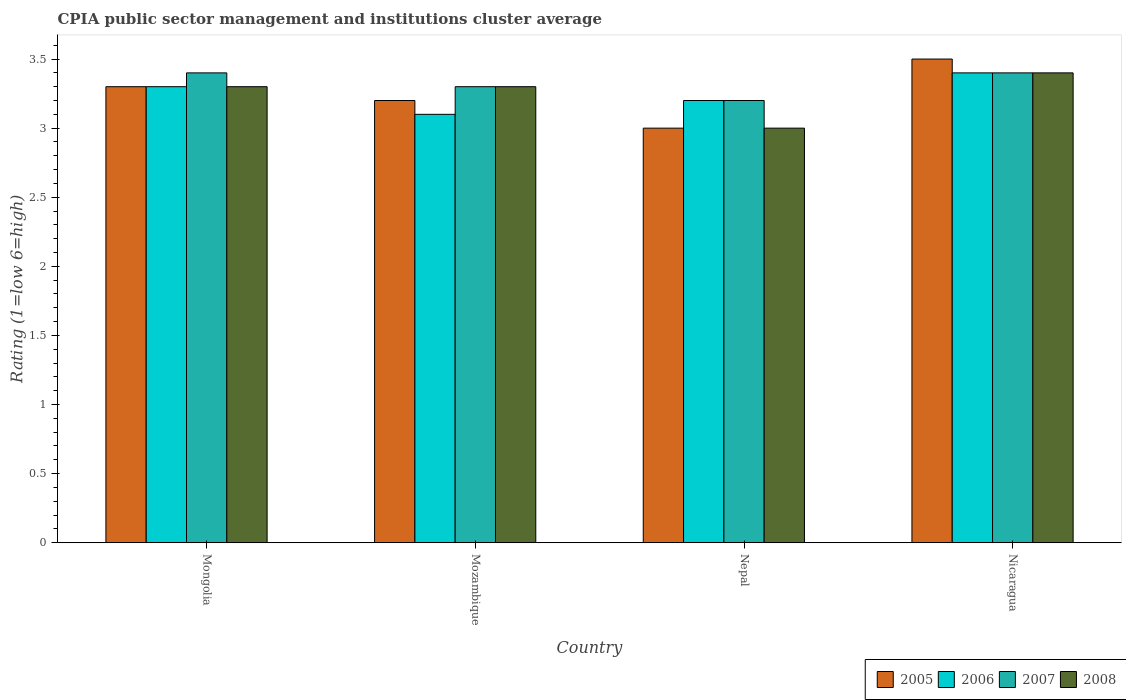
| Country | 2005 | 2006 | 2007 | 2008 |
 | --- | --- | --- | --- | --- |
 | Mongolia | 3.3 | 3.3 | 3.4 | 3.3 |
 | Mozambique | 3.2 | 3.1 | 3.3 | 3.3 |
 | Nepal | 3 | 3.2 | 3.2 | 3 |
 | Nicaragua | 3.5 | 3.4 | 3.4 | 3.4 |